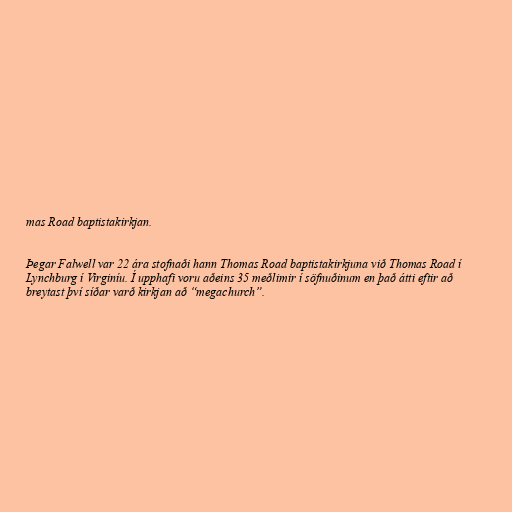
mas Road baptistakirkjan.

Þegar Falwell var 22 ára stofnaði hann Thomas Road baptistakirkjuna við Thomas Road í
Lynchburg í Virginíu. Í upphafi voru aðeins 35 meðlimir í söfnuðinum en það átti eftir að
breytast því síðar varð kirkjan að “megachurch”.